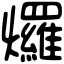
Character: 𤓓